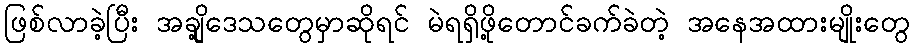
ဖြစ်လာခဲ့ပြီး အချို့ဒေသတွေမှာဆိုရင် မဲရရှိဖို့တောင်ခက်ခဲတဲ့ အနေအထားမျိုးတွေ